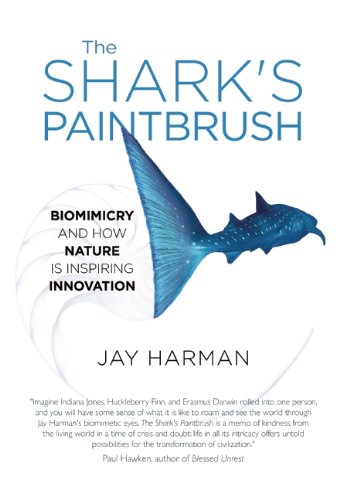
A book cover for The Shark's Paintbrush: Biomimicry and How Nature Is Inspiring Innovation; Jay Harman; Medical Books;